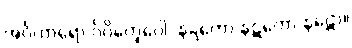
အင်္ဂဟာရော’င်္ဂဝိက္ခေပေါ၊ နဋ္ဋကော နဋကော နဋော။